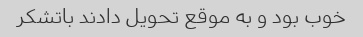
خوب بود و به موقع تحویل دادند باتشکر